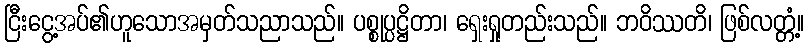
ငြီးငွေ့အပ်၏ဟူသောအမှတ်သညာသည်။ ပစ္စုပ္ပဋ္ဌိတာ၊ ရှေးရှုတည်းသည်။ ဘဝိဿတိ၊ ဖြစ်လတ္တံ့။